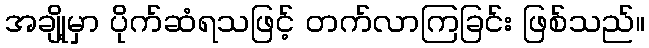
အချို့မှာ ပိုက်ဆံရသဖြင့် တက်လာကြခြင်း ဖြစ်သည်။